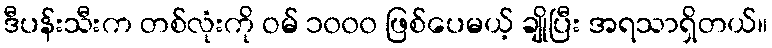
ဒီပန်းသီးက တစ်လုံးကို ဝမ် ၁၀၀၀ ဖြစ်ပေမယ့် ချိုပြီး အရသာရှိတယ်။